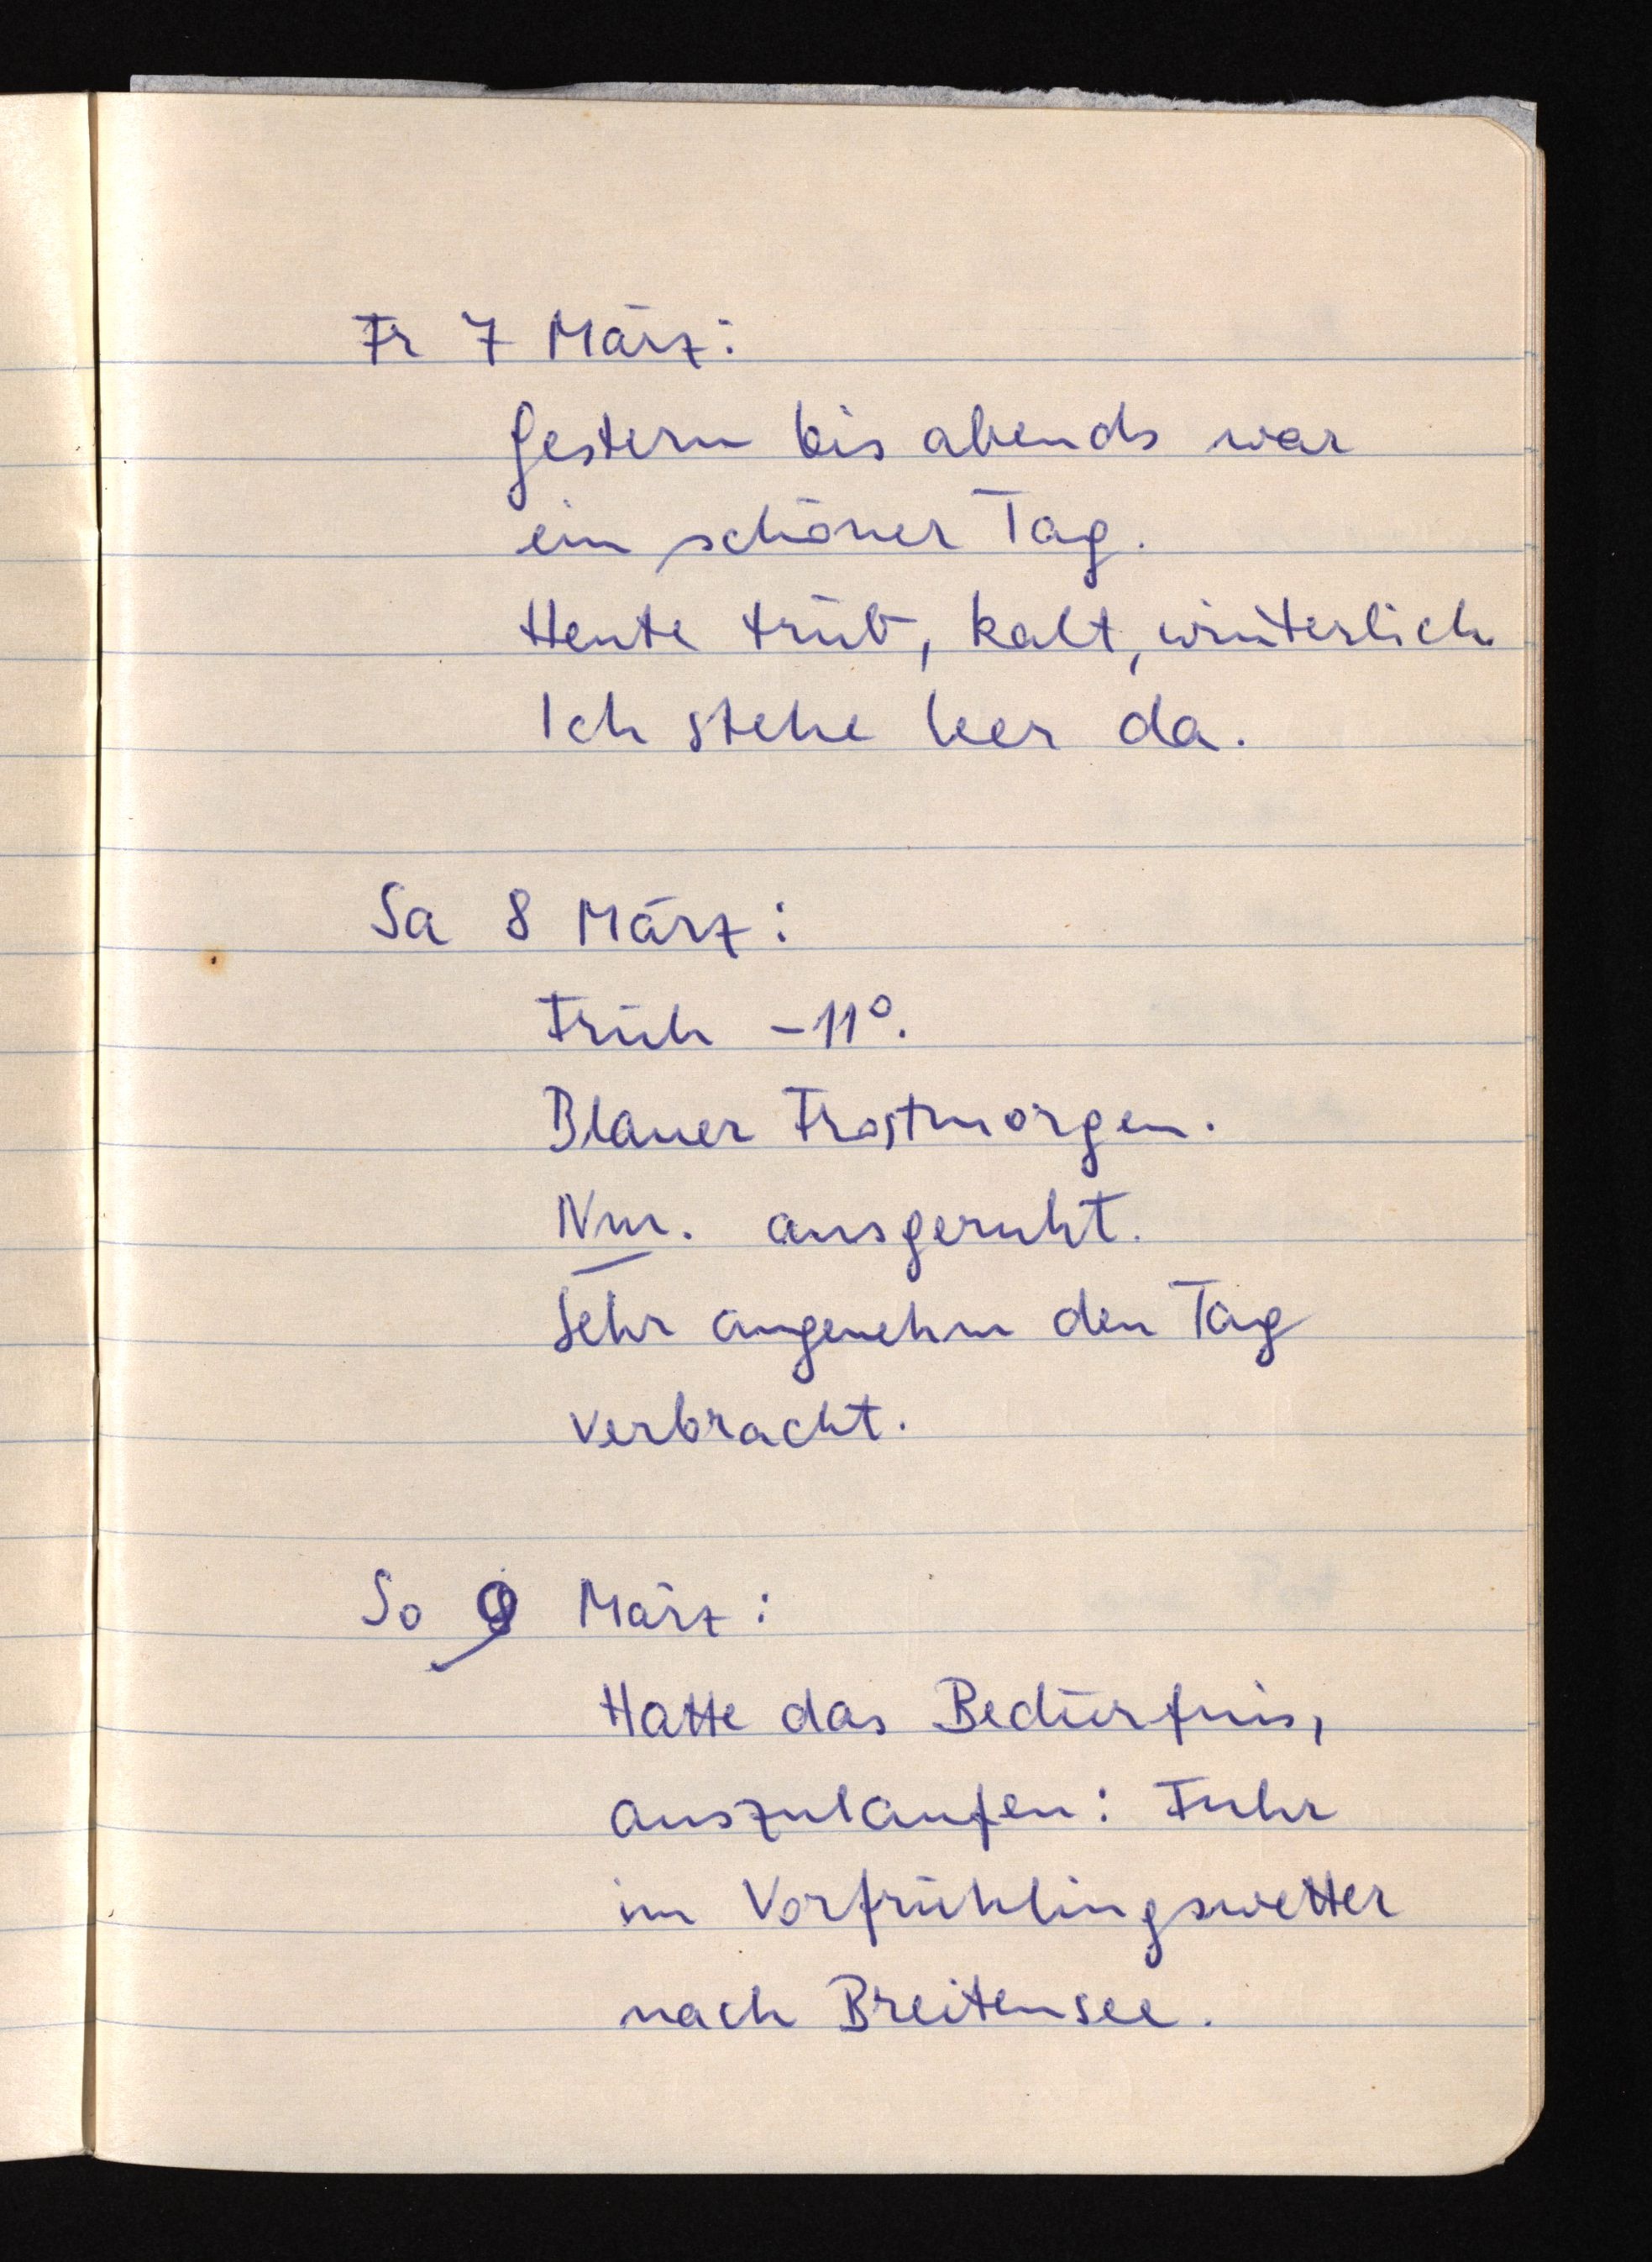
Fr 7 März:
Gestern bis abends war
ein schöner Tag.
Heute trüb, kalt, winterlich.
Ich stehe leer da.
Sa 8 März:
Früh -11°.
Blauer Frostmorgen.
Nm. ausgeruht.
Sehr angenehm den Tag
verbracht.
So 89 März:
Hatte das Bedürfnis,
auszulaufen: Fuhr
im Vorfrühlingswetter
nach Breitensee.